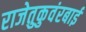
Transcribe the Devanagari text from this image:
राजेतुकुवंरबाई